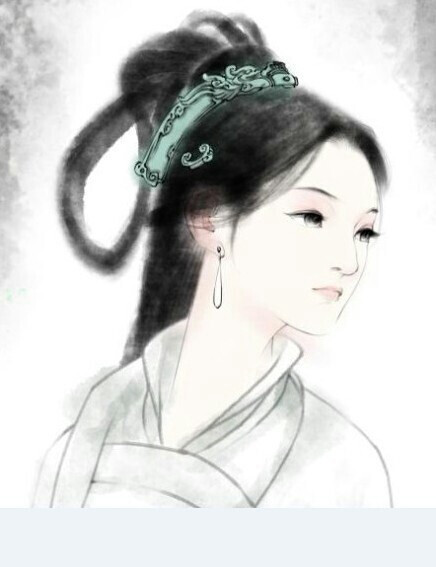
草木也知愁，韶华竟白头。